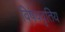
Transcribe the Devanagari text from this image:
विषववृतिय